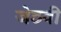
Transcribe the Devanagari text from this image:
जेठवी